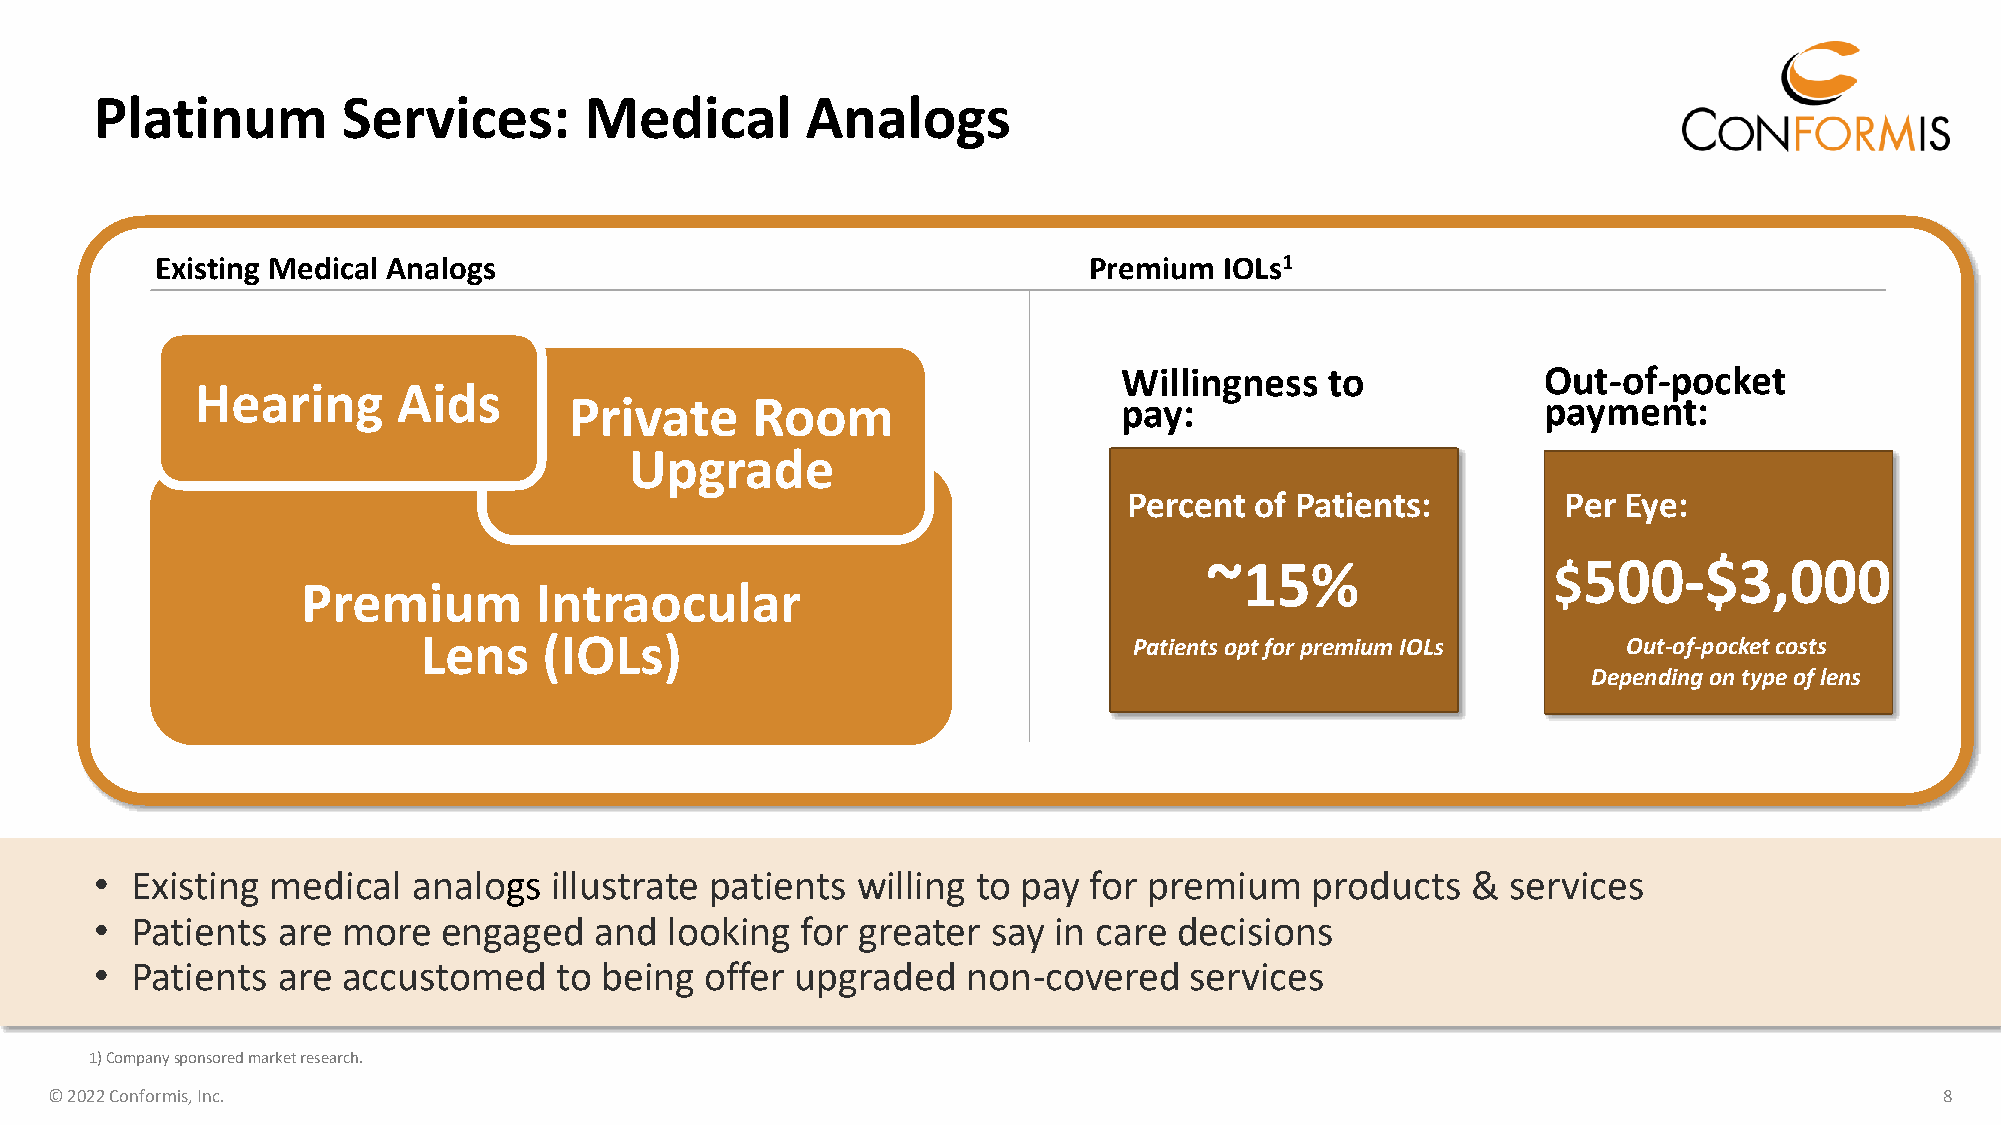
Platinum         Services:       Medical       Analogs
 Existing Medical Analogs                                      Premium  IOLs1
 Willingness   to            Out-of-pocket
 Hearing      Aids
 Private     Room                    pay:                        payment:
 Upgrade
 Percent of Patients:         Per Eye:
 ~15%                   $500-$3,000
 Premium        Intraocular
 Lens    (IOLs)                                 Patients opt for premium IOLs    Out-of-pocket costs
 Depending on type of lens
 •  Existing medical  analogs  illustrate patients  willing to pay for premium    products  &  services
 •  Patients are  more  engaged   and  looking  for greater  say in care decisions
 •  Patients are  accustomed    to being  offer upgraded   non-covered    services
 1) Company sponsored market research.
 © 2022 Conformis, Inc.                                                                                                        8